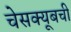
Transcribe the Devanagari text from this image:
चेसक्यूबची